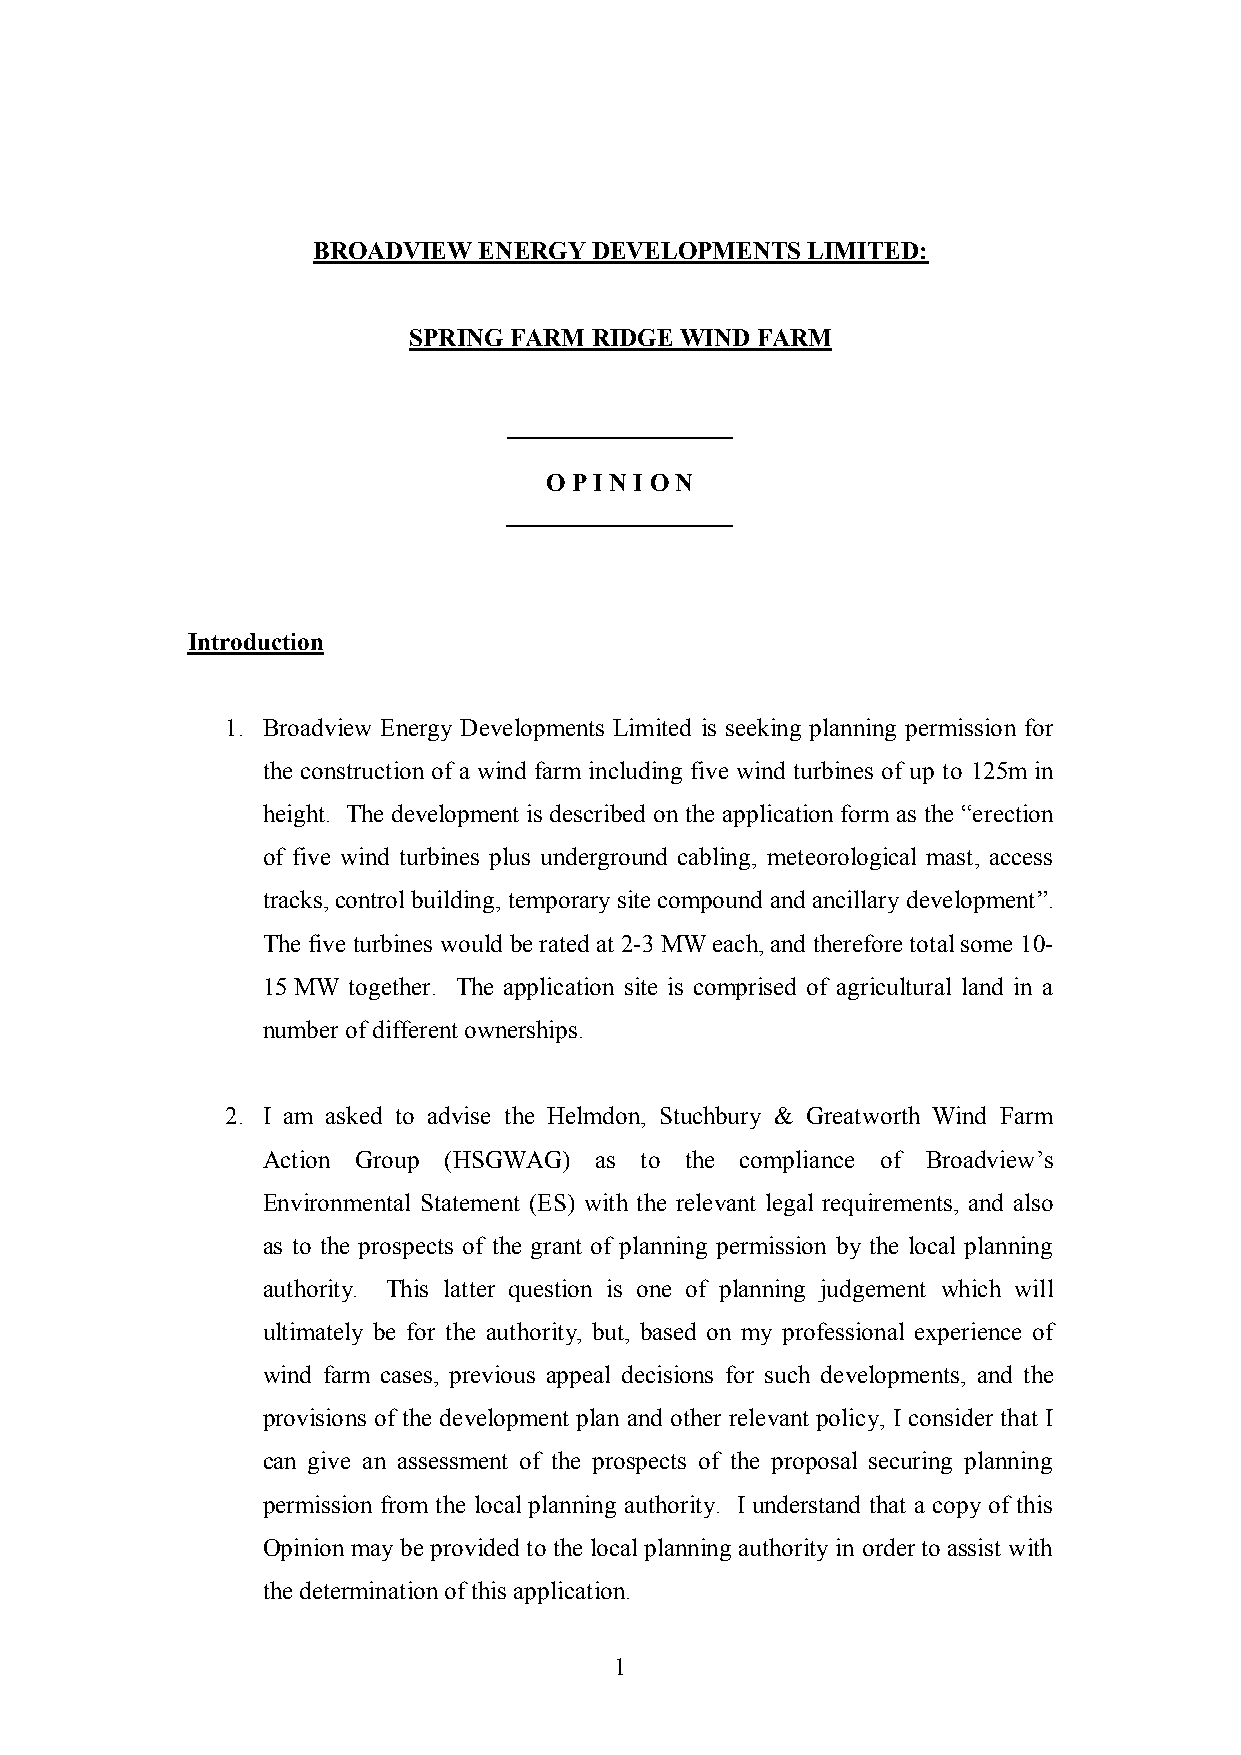
BROADVIEW  ENERGY DEVELOPMENTS  LIMITED:
 SPRING FARM RIDGE WIND FARM
 O P I N I O N
 Introduction
 1. Broadview Energy Developments Limited is seeking planning permission for
 the construction of a wind farm including five wind turbines of up to 125m in
 height. The development is described on the application form as the “erection
 of five wind turbines plus underground cabling, meteorological mast, access
 tracks, control building, temporary site compound and ancillary development”.
 The five turbines would be rated at 2-3 MW each, and therefore total some 10-
 15 MW together. The application site is comprised of agricultural land in a
 number of different ownerships.
 2. I am asked to advise the Helmdon, Stuchbury & Greatworth Wind Farm
 Action Group (HSGWAG) as to the compliance of Broadview‟s
 Environmental Statement (ES) with the relevant legal requirements, and also
 as to the prospects of the grant of planning permission by the local planning
 authority. This latter question is one of planning judgement which will
 ultimately be for the authority, but, based on my professional experience of
 wind farm cases, previous appeal decisions for such developments, and the
 provisions of the development plan and other relevant policy, I consider that I
 can give an assessment of the prospects of the proposal securing planning
 permission from the local planning authority. I understand that a copy of this
 Opinion may be provided to the local planning authority in order to assist with
 the determination of this application.
 1